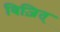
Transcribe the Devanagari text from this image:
विज़ित्